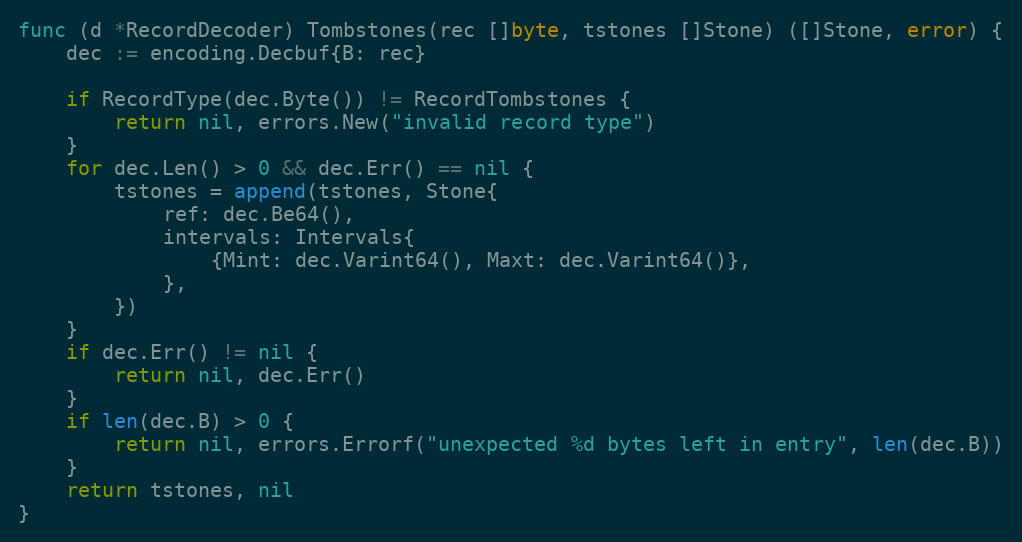
Language: Go
func (d *RecordDecoder) Tombstones(rec []byte, tstones []Stone) ([]Stone, error) {
	dec := encoding.Decbuf{B: rec}

	if RecordType(dec.Byte()) != RecordTombstones {
		return nil, errors.New("invalid record type")
	}
	for dec.Len() > 0 && dec.Err() == nil {
		tstones = append(tstones, Stone{
			ref: dec.Be64(),
			intervals: Intervals{
				{Mint: dec.Varint64(), Maxt: dec.Varint64()},
			},
		})
	}
	if dec.Err() != nil {
		return nil, dec.Err()
	}
	if len(dec.B) > 0 {
		return nil, errors.Errorf("unexpected %d bytes left in entry", len(dec.B))
	}
	return tstones, nil
}